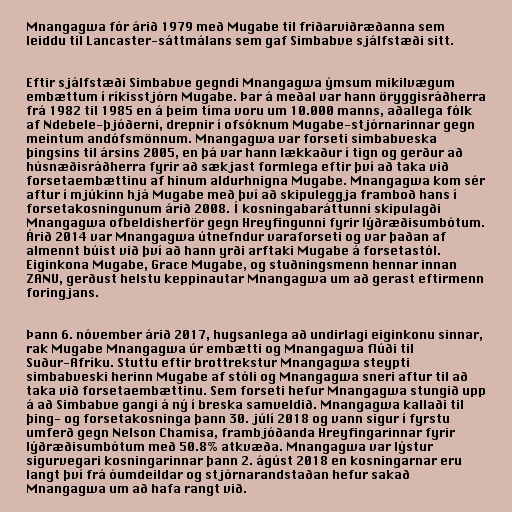
Mnangagwa fór árið 1979 með Mugabe til friðarviðræðanna sem
leiddu til Lancaster-sáttmálans sem gaf Simbabve sjálfstæði sitt.

Eftir sjálfstæði Simbabve gegndi Mnangagwa ýmsum mikilvægum
embættum í ríkisstjórn Mugabe. Þar á meðal var hann öryggisráðherra
frá 1982 til 1985 en á þeim tíma voru um 10.000 manns, aðallega fólk
af Ndebele-þjóðerni, drepnir í ofsóknum Mugabe-stjórnarinnar gegn
meintum andófsmönnum. Mnangagwa var forseti simbabveska
þingsins til ársins 2005, en þá var hann lækkaður í tign og gerður að
húsnæðisráðherra fyrir að sækjast formlega eftir því að taka við
forsetaembættinu af hinum aldurhnigna Mugabe. Mnangagwa kom sér
aftur í mjúkinn hjá Mugabe með því að skipuleggja framboð hans í
forsetakosningunum árið 2008. Í kosningabaráttunni skipulagði
Mnangagwa ofbeldisherför gegn Hreyfingunni fyrir lýðræðisumbótum.
Árið 2014 var Mnangagwa útnefndur varaforseti og var þaðan af
almennt búist við því að hann yrði arftaki Mugabe á forsetastól.
Eiginkona Mugabe, Grace Mugabe, og stuðningsmenn hennar innan
ZANU, gerðust helstu keppinautar Mnangagwa um að gerast eftirmenn
foringjans.

Þann 6. nóvember árið 2017, hugsanlega að undirlagi eiginkonu sinnar,
rak Mugabe Mnangagwa úr embætti og Mnangagwa flúði til
Suður-Afríku. Stuttu eftir brottrekstur Mnangagwa steypti
simbabveski herinn Mugabe af stóli og Mnangagwa sneri aftur til að
taka við forsetaembættinu. Sem forseti hefur Mnangagwa stungið upp
á að Simbabve gangi á ný í breska samveldið. Mnangagwa kallaði til
þing- og forsetakosninga þann 30. júlí 2018 og vann sigur í fyrstu
umferð gegn Nelson Chamisa, frambjóðanda Hreyfingarinnar fyrir
lýðræðisumbótum með 50.8% atkvæða. Mnangagwa var lýstur
sigurvegari kosningarinnar þann 2. ágúst 2018 en kosningarnar eru
langt því frá óumdeildar og stjórnarandstaðan hefur sakað
Mnangagwa um að hafa rangt við.